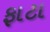
ફાટા